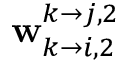
\mathbf { w } _ { k \rightarrow i , 2 } ^ { k \rightarrow j , 2 }